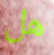
هل